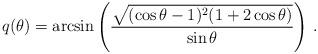
LaTeX: \begin{align*}q(\theta) &= \arcsin \left(\frac{ \sqrt{(\cos \theta -1)^2 (1+2 \cos \theta)} }{ \sin \theta } \right) \,.\end{align*}